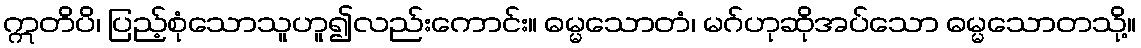
ဣတိပိ၊ ပြည့်စုံသောသူဟူ၍လည်းကောင်း။ ဓမ္မသောတံ၊ မဂ်ဟုဆိုအပ်သော ဓမ္မသောတသို့။